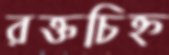
রক্তচিহ্ন